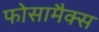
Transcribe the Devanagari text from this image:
फोसामैक्स